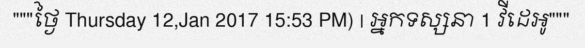
"""ថ្ងៃ Thursday 12,Jan 2017 15:53 PM) | អ្នកទស្សនា 1 វីដេអូ"""